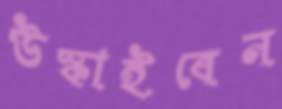
উস্‌কাইবেন